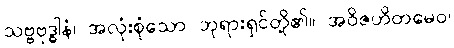
သဗ္ဗဗုဒ္ဓါနံ၊ အလုံးစုံသော ဘုရားရှင်တို့၏။ အဝိဇဟိတမေဝ၊